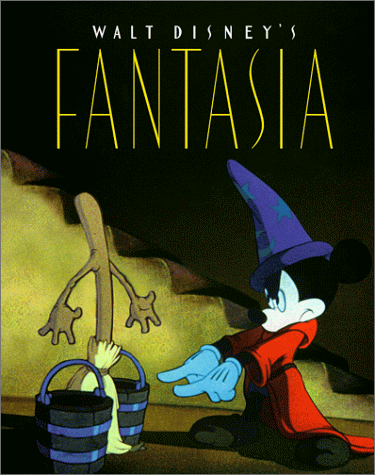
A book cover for Walt Disney's Fantasia; John Culhane; Humor & Entertainment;